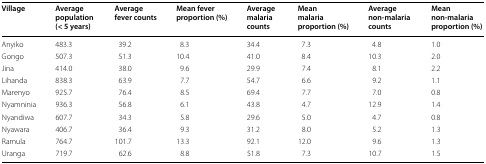
<table><thead><tr><td><b>Village</b></td><td><b>Average population (&lt; 5 years)</b></td><td><b>Average fever counts</b></td><td><b>Mean fever proportion (%)</b></td><td><b>Average malaria counts</b></td><td><b>Mean malaria proportion (%)</b></td><td><b>Average non-malaria counts</b></td><td><b>Mean non-malaria proportion (%)</b></td></tr></thead><tbody><tr><td>Anyiko</td><td>483.3</td><td>39.2</td><td>8.3</td><td>34.4</td><td>7.3</td><td>4.8</td><td>1.0</td></tr><tr><td>Gongo</td><td>507.3</td><td>51.3</td><td>10.4</td><td>41.0</td><td>8.4</td><td>10.3</td><td>2.0</td></tr><tr><td>Jina</td><td>414.0</td><td>38.0</td><td>9.6</td><td>29.9</td><td>7.4</td><td>8.1</td><td>2.2</td></tr><tr><td>Lihanda</td><td>838.3</td><td>63.9</td><td>7.7</td><td>54.7</td><td>6.6</td><td>9.2</td><td>1.1</td></tr><tr><td>Marenyo</td><td>925.7</td><td>76.4</td><td>8.5</td><td>69.4</td><td>7.7</td><td>7.0</td><td>0.8</td></tr><tr><td>Nyamninia</td><td>936.3</td><td>56.8</td><td>6.1</td><td>43.8</td><td>4.7</td><td>12.9</td><td>1.4</td></tr><tr><td>Nyandiwa</td><td>607.7</td><td>34.3</td><td>5.8</td><td>29.6</td><td>5.0</td><td>4.7</td><td>0.8</td></tr><tr><td>Nyawara</td><td>406.7</td><td>36.4</td><td>9.3</td><td>31.2</td><td>8.0</td><td>5.2</td><td>1.3</td></tr><tr><td>Ramula</td><td>764.7</td><td>101.7</td><td>13.3</td><td>92.1</td><td>12.0</td><td>9.6</td><td>1.3</td></tr><tr><td>Uranga</td><td>719.7</td><td>62.6</td><td>8.8</td><td>51.8</td><td>7.3</td><td>10.7</td><td>1.5</td></tr></tbody></table>